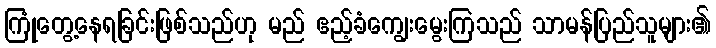
ကြုံတွေ့နေရခြင်းဖြစ်သည်ဟု မည် ဧည့်ခံကျွေးမွေးကြသည် သာမန်ပြည်သူများ၏